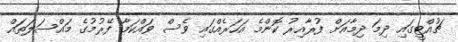
ޗުއްޓީގައި ދިމަ ދިމާއަށް ފުރާއިރު ކޮންމެ އަހަރެއްގައި ވެސް ވައްކަމާ ފޭރުމުގެ މައްސަލަތައް